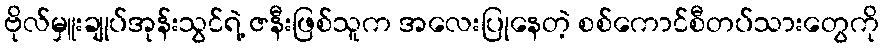
ဗိုလ်မှူးချုပ်အုန်းသွင်ရဲ့ ဇနီးဖြစ်သူက အလေးပြုနေတဲ့ စစ်ကောင်စီတပ်သားတွေကို